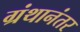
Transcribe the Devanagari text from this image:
ग्रंथानंतर